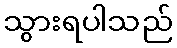
သွားရပါသည်